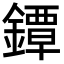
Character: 鐔